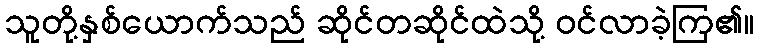
သူတို့နှစ်ယောက်သည် ဆိုင်တဆိုင်ထဲသို့ ဝင်လာခဲ့ကြ၏။